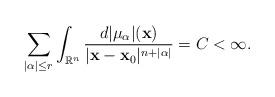
LaTeX: \begin{align*}\sum_{|\alpha|\leq r}\int_{\mathbb{R}^{n}} \frac{d|\mu_{\alpha}|(\mathbf{x})}{|\mathbf{x}-\mathbf{x}_{0}|^{n+|\alpha|}}=C<\infty.\end{align*}